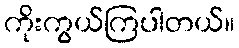
ကိုးကွယ်ကြပါတယ်။